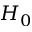
H _ { 0 }